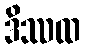
ဒိဿထ